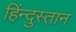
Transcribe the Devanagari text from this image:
हिंन्दुस्तान